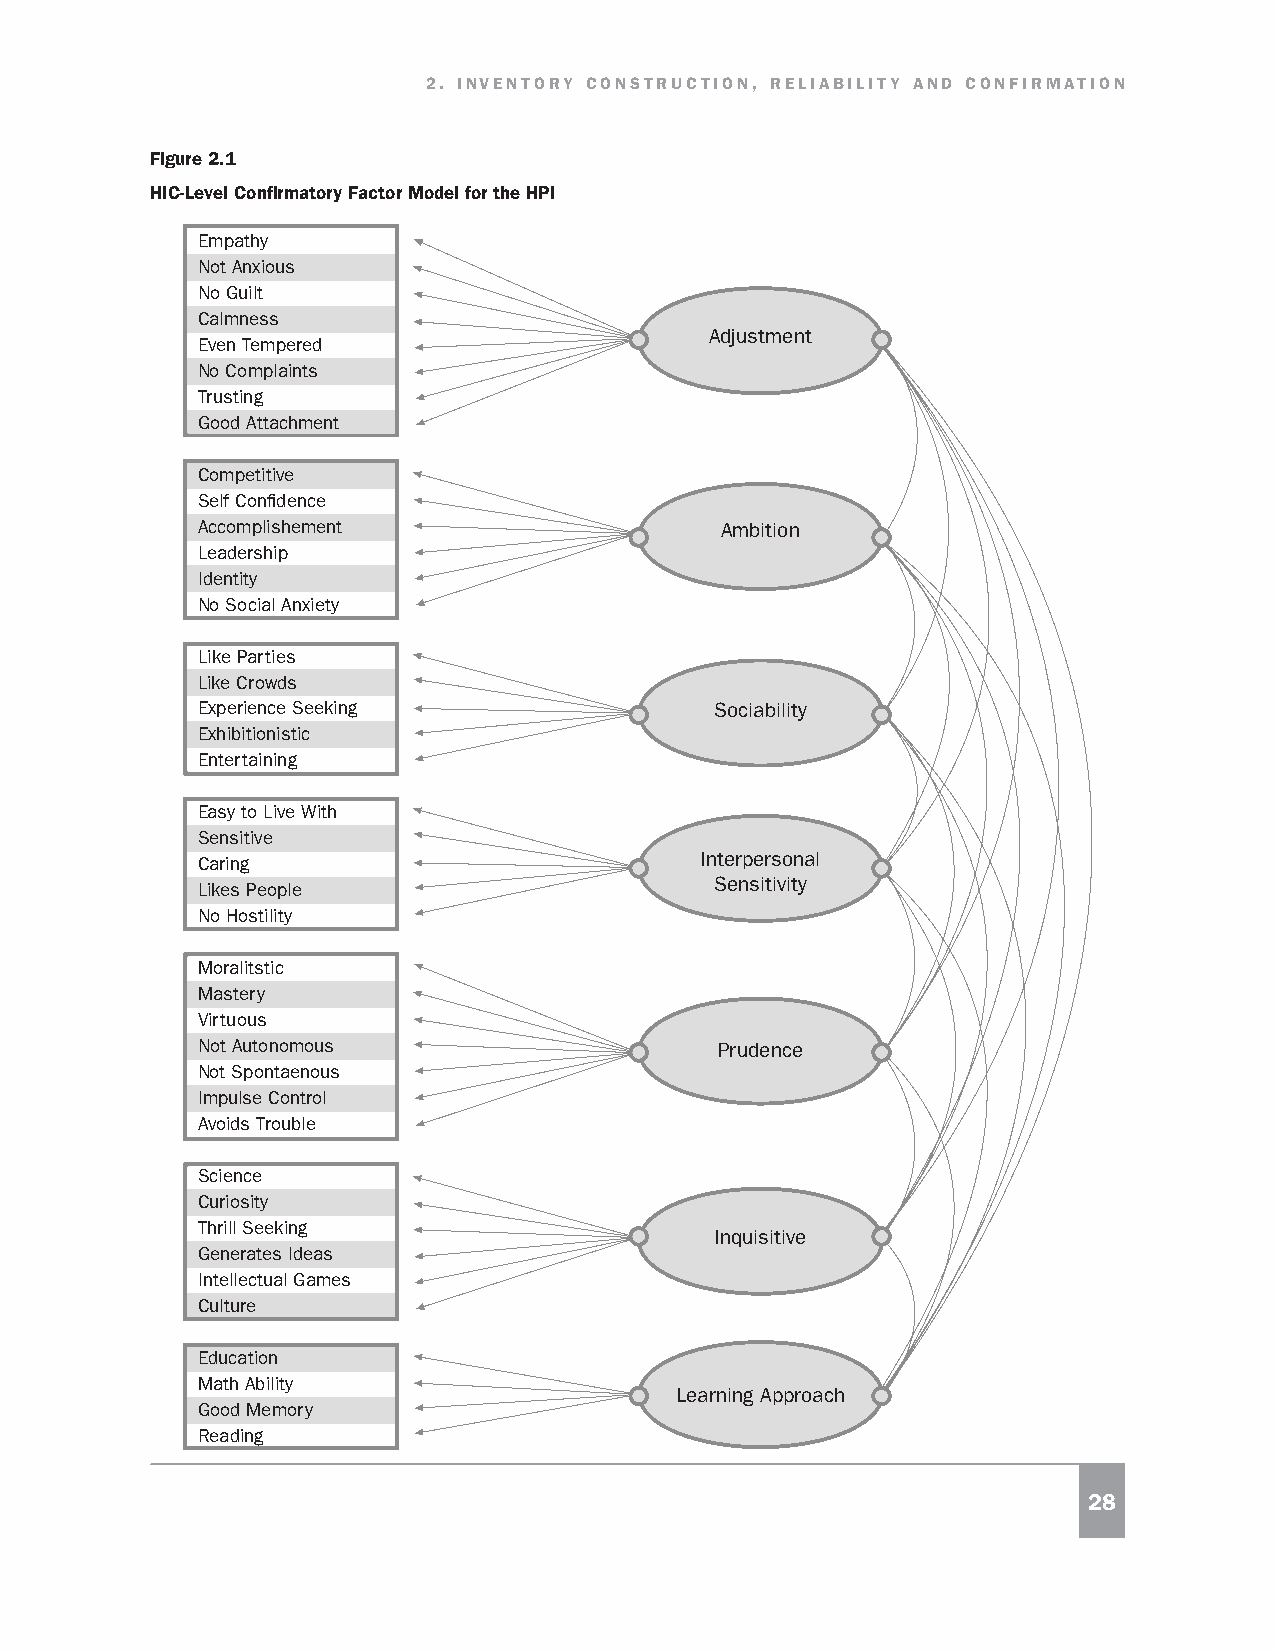
2. INVENTORY CONSTRUCTION, RELIABILITY AND CONFIRMATION
 Figure 2.1
 HIC-Level Confirmatory Factor Model for the HPI
 Empathy
 Not Anxious
 No Guilt
 Calmness
 Adjustment
 Even Tempered
 No Complaints
 Trusting
 Good Attachment
 Competitive
 Self Confidence
 Accomplishement                    Ambition
 Leadership
 Identity
 No Social Anxiety
 Like Parties
 Like Crowds
 Experience Seeking                Sociability
 Exhibitionistic
 Entertaining
 Easy to Live With
 Sensitive
 Interpersonal
 Caring
 Sensitivity
 Likes People
 No Hostility
 Moralitstic
 Mastery
 Virtuous
 Not Autonomous                     Prudence
 Not Spontaenous
 Impulse Control
 Avoids Trouble
 Science
 Curiosity
 Thrill Seeking
 Inquisitive
 Generates Ideas
 Intellectual Games
 Culture
 Education
 Math Ability
 Learning Approach
 Good Memory
 Reading
 28